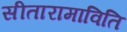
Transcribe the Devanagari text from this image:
सीतारामाविति